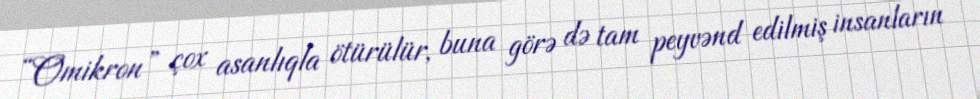
“Omikron” çox asanlıqla ötürülür, buna görə də tam peyvənd edilmiş insanların